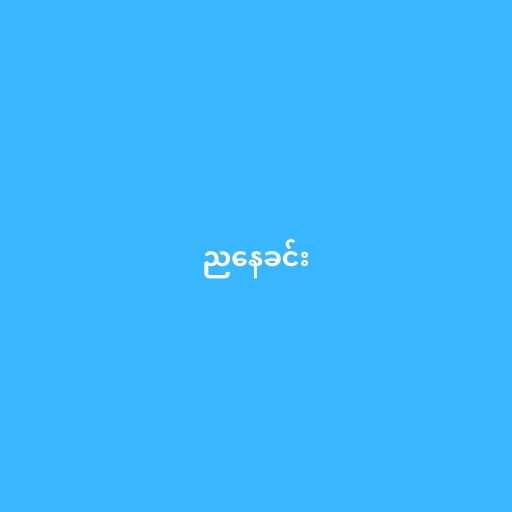
ညနေခင်း